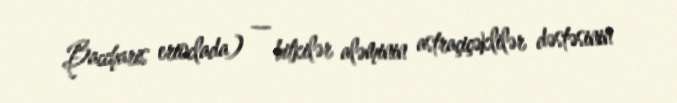
Baccharis erioclada) — bitkilər aləminin astraçiçəklilər dəstəsinin